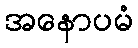
အနောပမံ